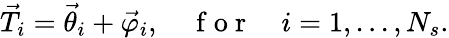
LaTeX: \vec{T}_{i}=\vec{\theta}_{i}+\vec{\varphi}_{i},\quad\mathrm{~f~o~r~}\quad i=1,...,N_{s}.